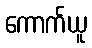
ကောက်ယူ